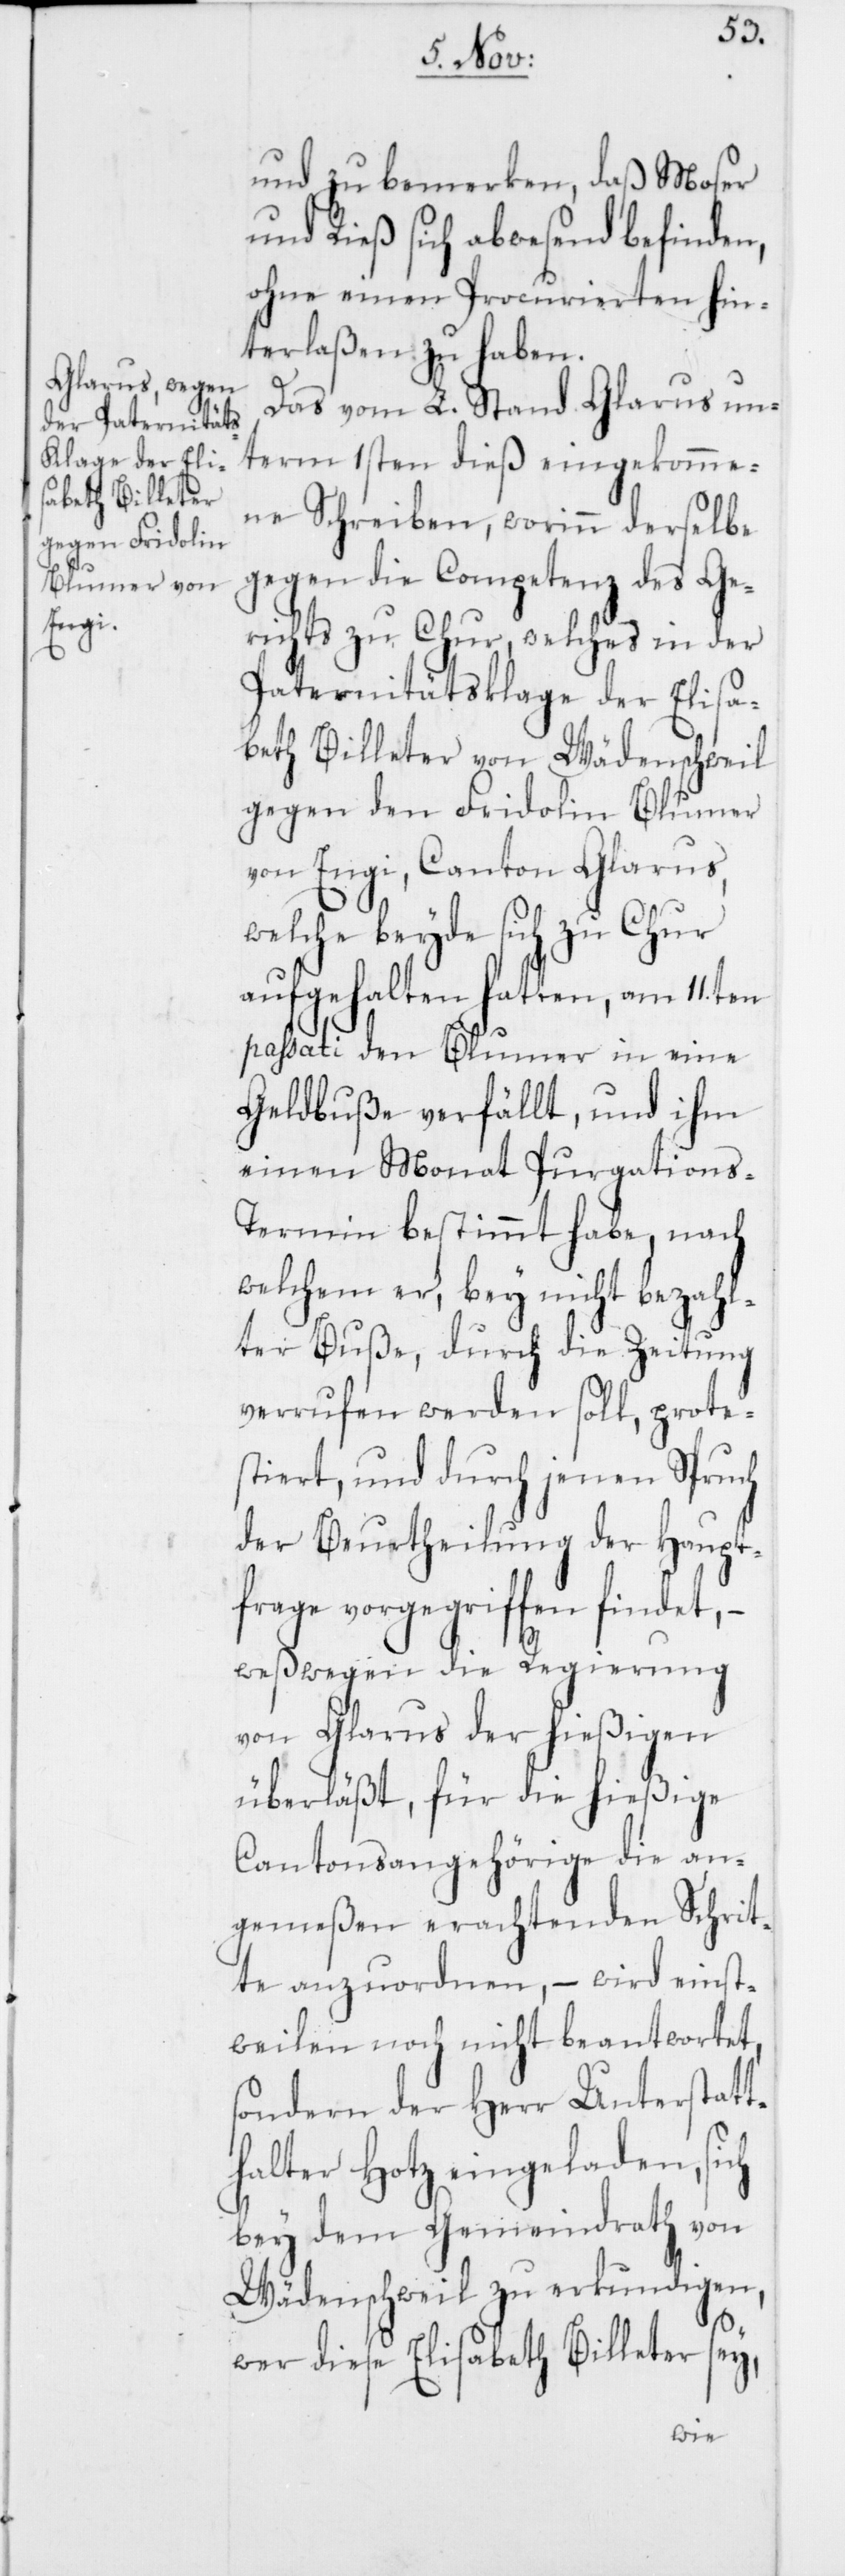
und zu bemerken, daß Moser
und Rieß sich abwesend befinden,
ohne einen Procurierten hin¬
terlaßen zu haben.
Das vom L. Stand Glarus un¬
term 1sten dieß eingekomme¬
ne Schreiben, worinn derselbe
gegen die Competenz des Ge¬
richts zu Chur, welches in der
Paternitätsklage der Elisa¬
beth Billeter von Wädenschweil
gegen den Fridolin Blumer
von Engi, Canton Glarus,
welche beyde sich zu Chur
aufgehalten hatten, am 11ten
passati den Blumer in eine
Geldbuße verfällt, und ihm
einen Monat Purgations-T¬
ermin bestimmt habe, nach
welchem er, bey nicht bezahl¬
ter Buße, durch die Zeitung
verrufen werden soll, protes¬
tiert, und durch jenen Spruch
der Beurtheilung der Haupt¬
frage vorgegriffen findet, –
weßwegen die Regierung
von Glarus der hießigen
überläßt, für die hießige
Cantonsangehörige die an¬
gemeßen erachtenden Schrit¬
te anzuordnen, – wird einst¬
weilen noch nicht beantwortet,
sondern der Herr Unterstatt¬
halter Hotz eingeladen, sich
bey dem Gemeindrath von
Wädenschweil zu erkundigen,
wer diese Elisabeth Billeter sey,